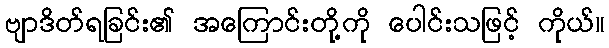
ဗျာဒိတ်ရခြင်း၏ အကြောင်းတို့ကို ပေါင်းသဖြင့် ကိုယ်။